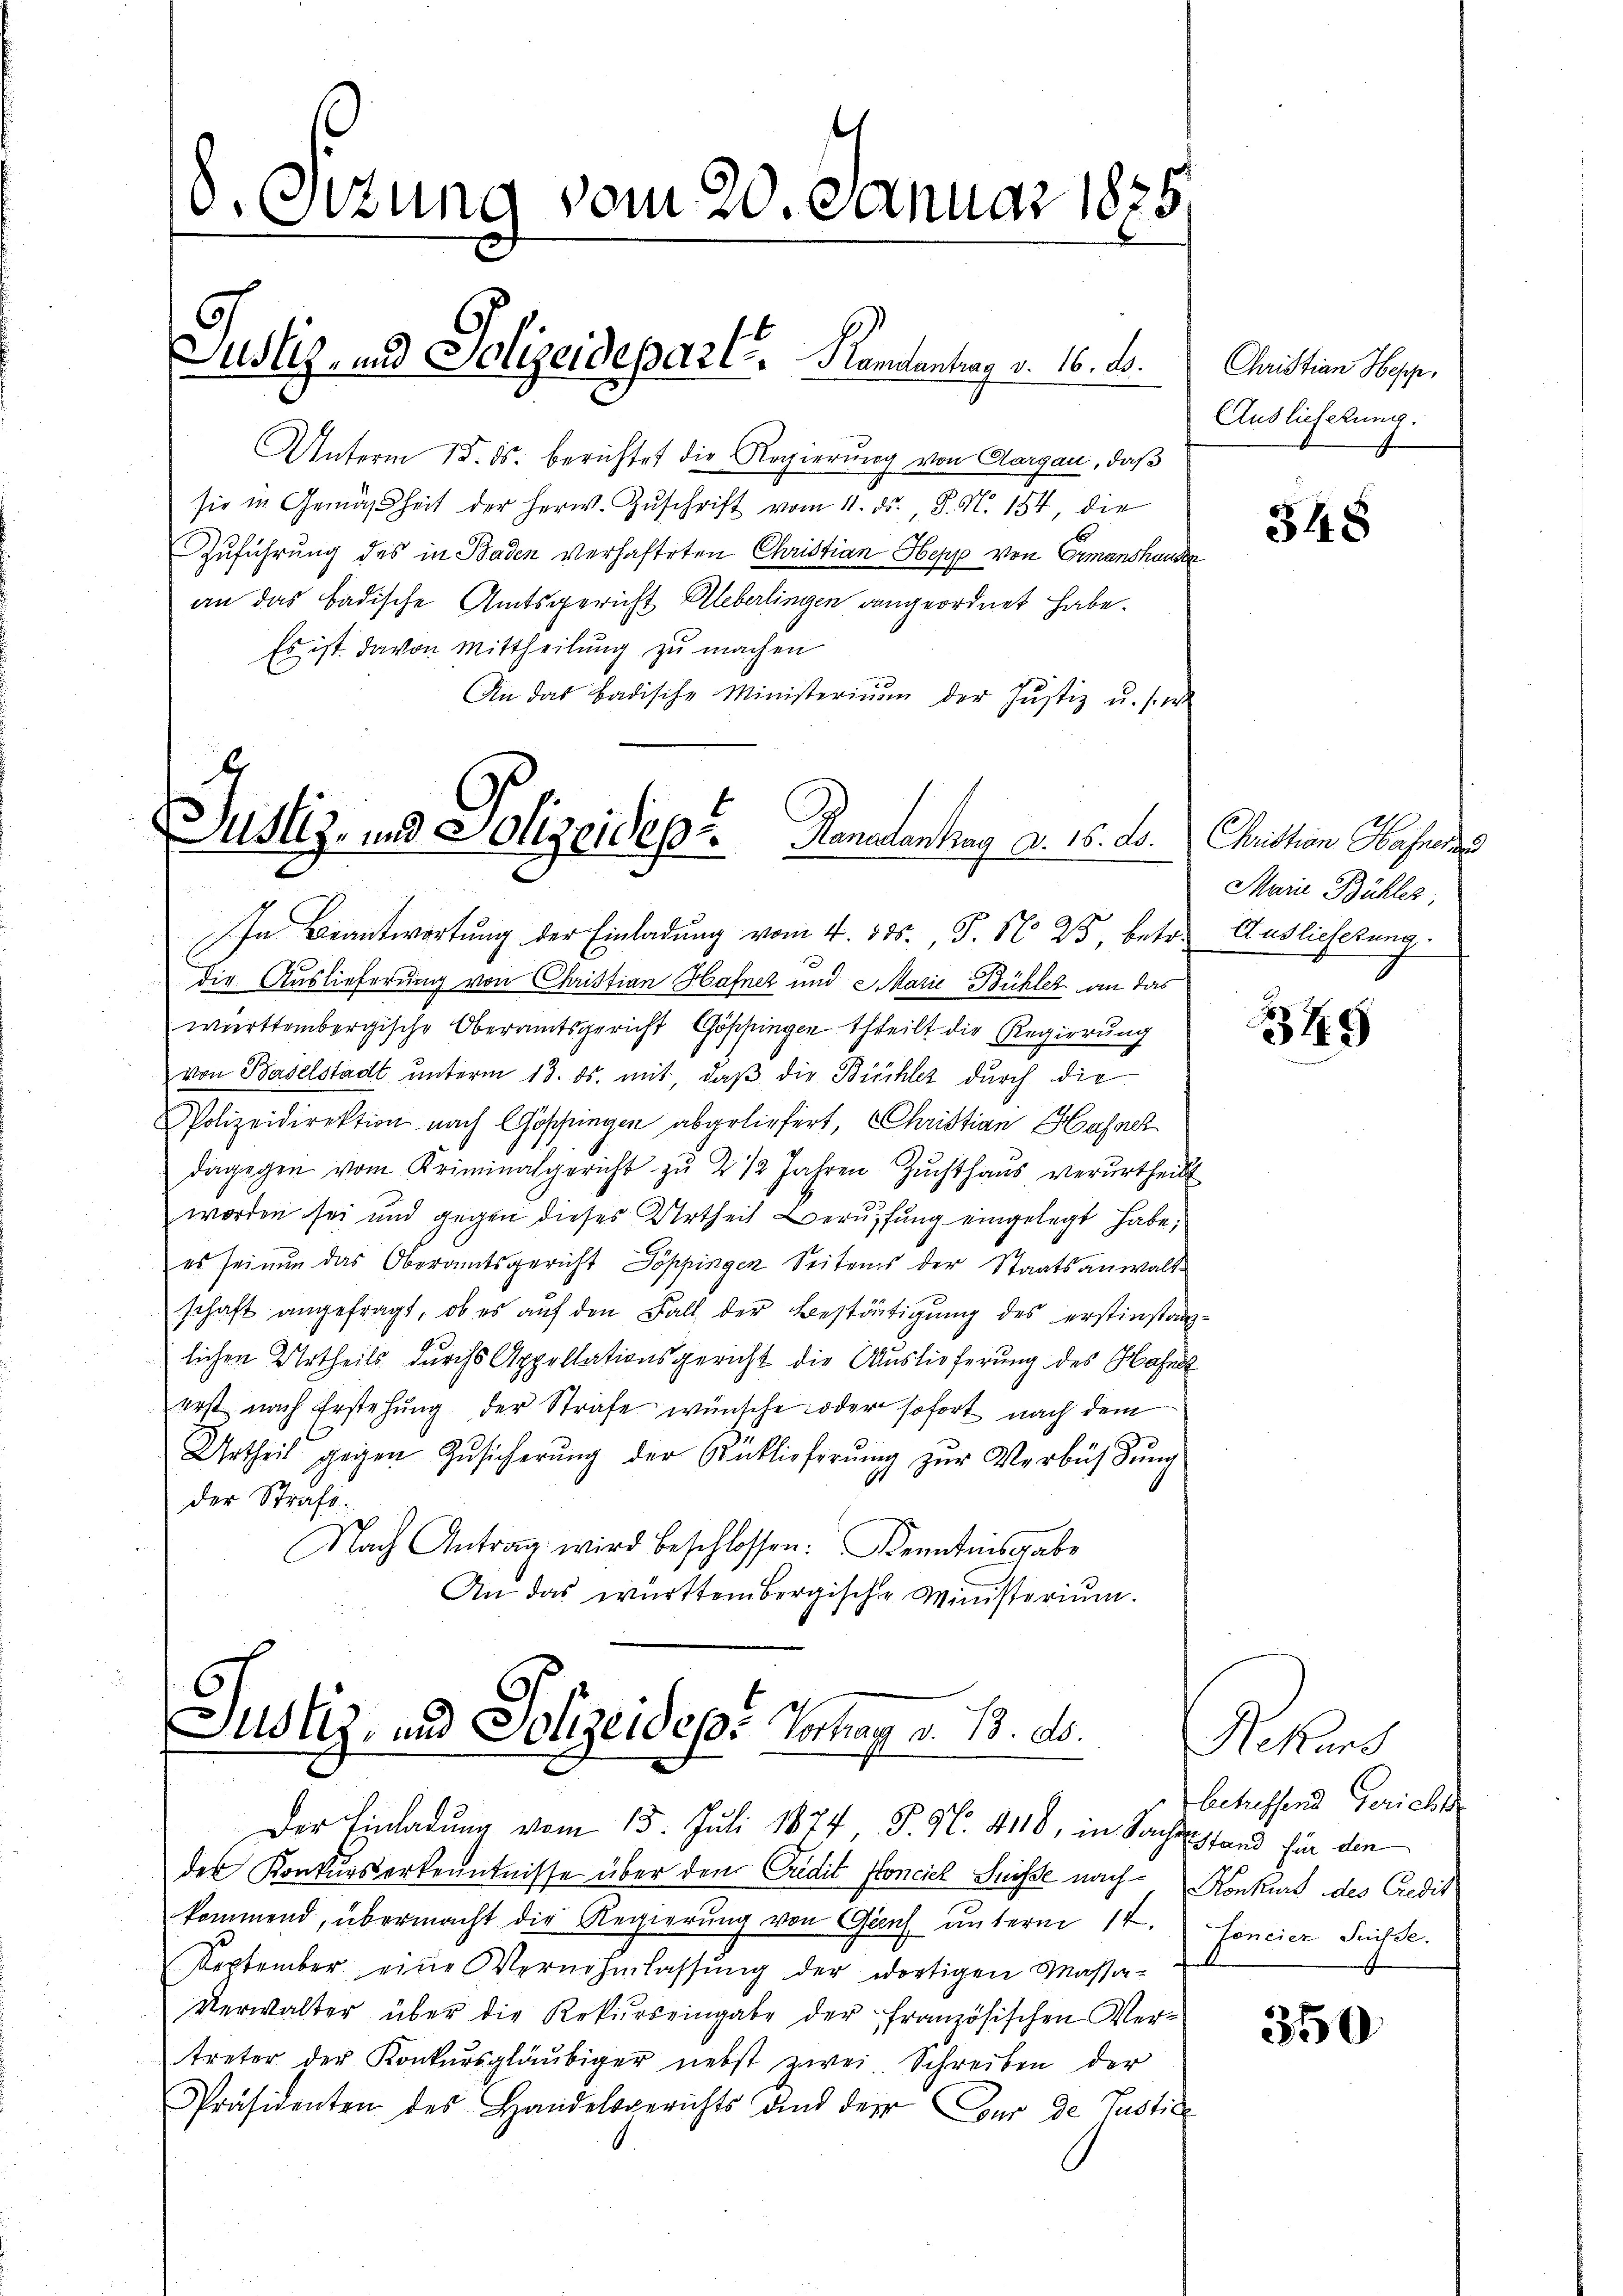
. Ottung vom 20. Januar 1875

Unterm 15. ds. berichtet die Regierung von Aargau, daß
sie in Gemäsheit der Herw. Zŭschrift vom 4. ds., S. N. 154, die
Zuführung des in Baden verhafteten Christian Hepp von Ermanshausen
an das badische Amtsgericht Aleberlingen angeordnet habe.
Es ist davon Mittheilung zu machen
An das badische Ministerium der Justiz u. s. w
In Beantwortung der Einladung vom 4. 385., S. 1823, betre
die Auslieferung von Christian Hafner und Marie Bühler an das
württembergische Oberamtsgericht Göppingen theilt die Regierung
von Baselstadt ŭnterm 13. ds. mit, daβ die Büchler durch die
Polizeidirektion nach Göschungen abgeliefert, Christian Hafner
dagegen vom Kriminalgericht zŭ 2 1/2 Jahren Zŭchthaŭs verurtheilt
worden sei und gegen dieses Urtheil Berufung eingelegt habe;
es seinen das Oberamtsgericht Töppingen Seitens der Staatsanwaltschaft angefragt, ob es aŭf den Fall der Bestätigung des erstinstanzlichen Urtheils durchs Appellationsgericht die Auslieferung des Hahne
erst nach Erstehung der Strafe wünsche oder sofort nach dem
Urtheil gegen Zusicherŭng der Rüklieferŭng zur Verbühdŭng
der Strafe.
Nach Antrag wird beschlossen: Kenntnisgabe
An das württembergische Ministerium.

Justiz- und Polizeidepart. Randantrag v. 16. d.

r
Justiz- und Polizeidept. Kanadentrag a. 16. ds. Christian Bahne des

Justiz- und Jolizeidep: Vorhay d. 13. ds.
Der Einladung vom 15. Juli 1874, P. Nr. 4118, in Sachenstand für die

der Konkurserkenntnisse über den Credit fonciel Suisse nach Konkurs des Credit
kommend, übermacht die Regierŭng von Genf unterm 14. Foncier Sache.
September eine Vernehmlassung der dortigen Massa¬
Verwalter über die Rekurs eingabe der französischen Vertreter der Konkursgläubiger nebst zwei Schreiben der
Präsidenten des Handelsgerichts und der Cour de Justice

Christian Hepp.
Ausliefelung.

348

Main Bühler;
Auslieferung.

345

Rekurs
betreffend Gericht

350